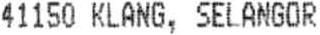
41150 KLANG, SELANGOR